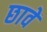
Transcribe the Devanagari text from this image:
छावें